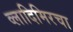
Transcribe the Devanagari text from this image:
व्लादिमिरचा